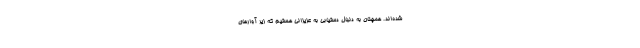
شده‌اند. همچنان به دنبال دستیابی به عزیزانی هستیم که زیر آوارهای